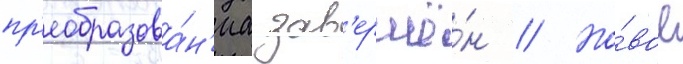
пр'еобразова́н'иа зав'ершё́н // Но́вое